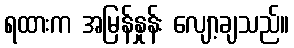
ရထားက အမြန်နှုန်း လျော့ချသည်။